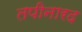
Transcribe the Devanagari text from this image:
तपीनारद